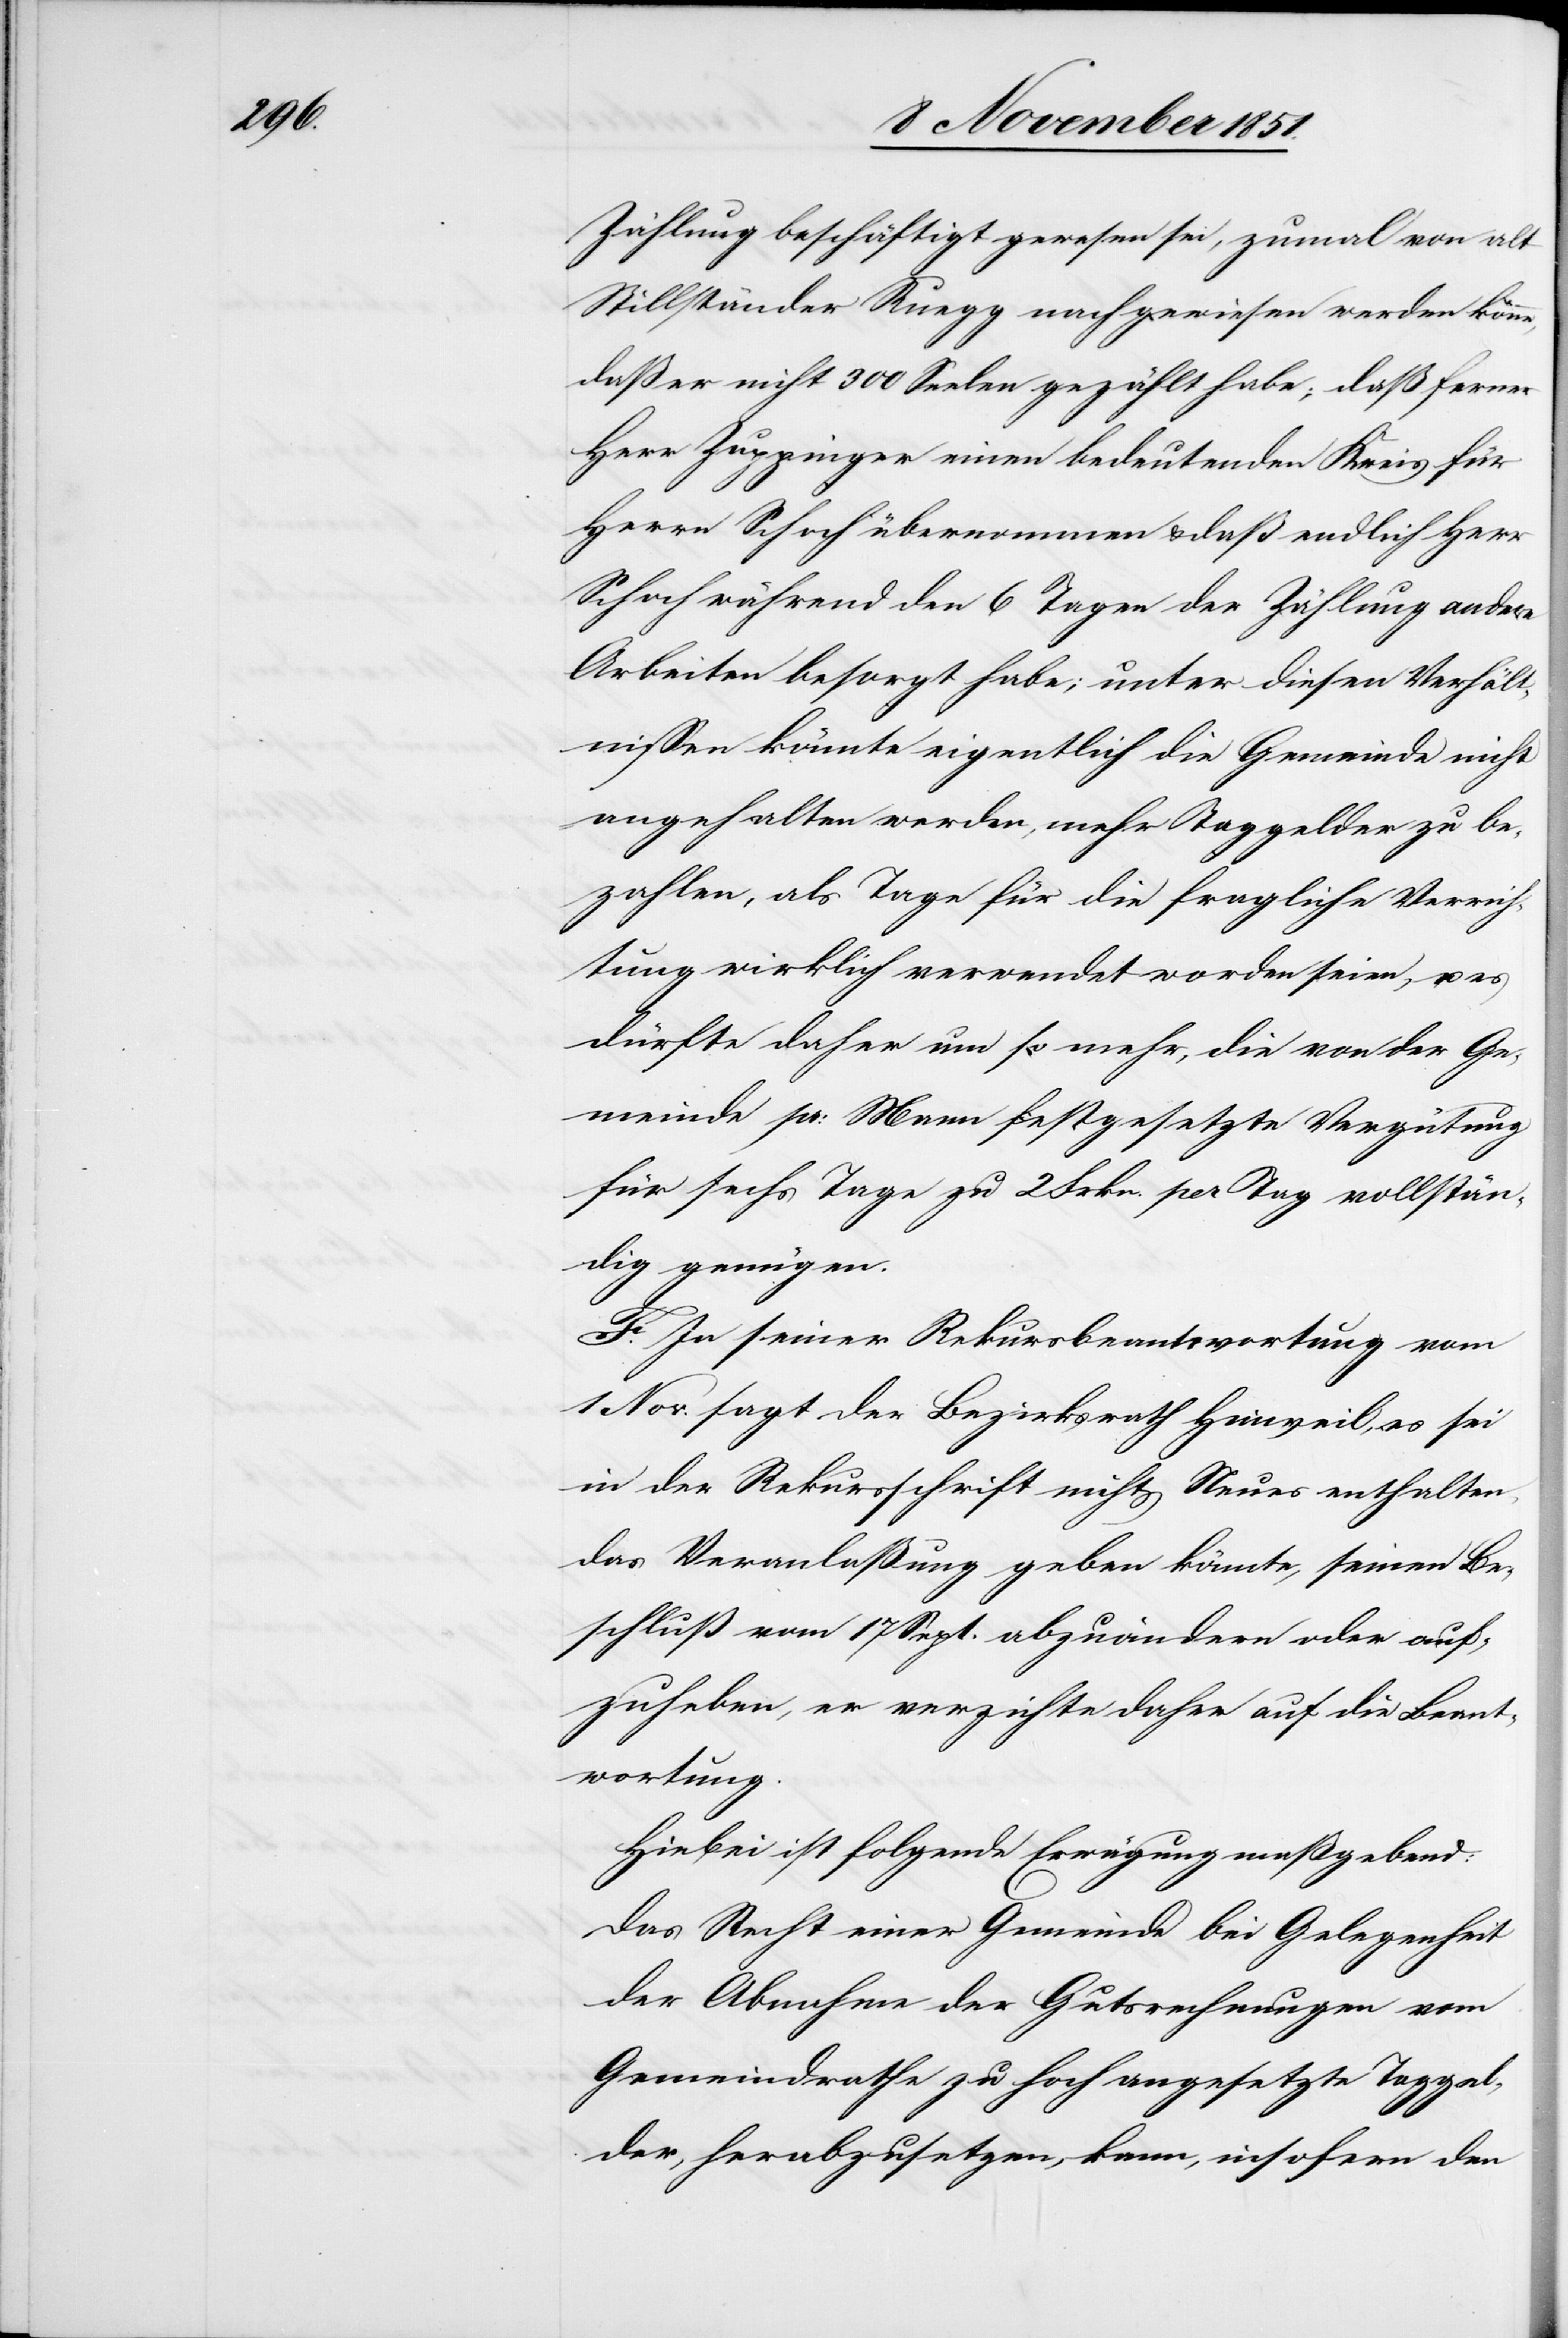
Zählung beschäftigt gewesen sei, zumal von alt
Stillständer Ruegg nachgewiesen werden könne,
daß er nicht 300 Seelen gezählt habe; daß ferner
Herr Zuppinger einen bedeutenden Kreis für
Herrn Schoch übernommen & daß endlich Herr
Schoch während den 6 Tagen der Zählung andere
Arbeiten besorgt habe; unter diesen Verhält¬
nissen könnte eigentlich die Gemeinde nicht
angehalten werden, mehr Taggelder zu be¬
zahlen, als Tage für die fragliche Verrich¬
tung wirklich verwendet worden seien, u. es
dürfte daher um so mehr, die von der Ge¬
meinde pr: Mann festgesetzte Vergütung
für sechs Tage zu 2 Frkn. per Tag vollstän¬
dig genügen.
F. In seiner Rekursbeantwortung vom
1 Nov. sagt der Bezirksrath Hinweil, es sei
in der Rekursschrift nichts Neues enthalten,
das Veranlaßung geben könnte, seinen Be¬
schluß vom 17 Sept. abzuändern oder auf¬
zuheben, er verzichte daher auf die Beant¬
wortung.
Hiebei ist folgende Erwägung maßgebend:
Das Recht einer Gemeinde bei Gelegenheit
der Abnahme der Gutsrechnungen vom
Gemeindrathe zu hoch angesetzte Taggel¬
der, herabzusetzen, kann, insofern den